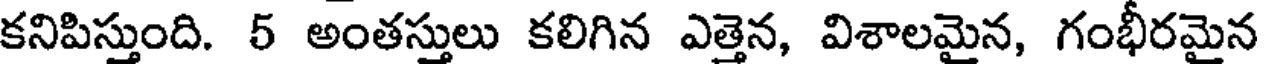
కనిపిస్తుంది. 5 అంతస్తులు కలిగిన ఎత్తెన, విశాలమైన, గంభీరమైన